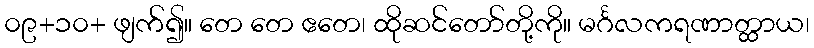
၀၉+၁၀+ ဖျက်၍။ တေ တေ ဧတေ၊ ထိုဆင်တော်တို့ကို။ မင်္ဂလကရဏာတ္ထာယ၊